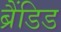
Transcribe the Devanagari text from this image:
ब्रैंडिड